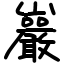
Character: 巖